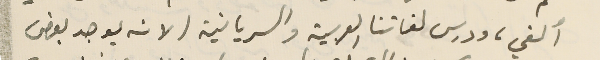
ألغي، ودرس لغاتنا العربية والسريانية (لانه يوجد بعض